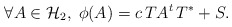
\begin{align*}\forall A \in {\cal H}_2, \; \phi (A) = c\,TA^t\, T^* + S.\end{align*}